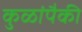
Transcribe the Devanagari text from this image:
कुळांपैकी